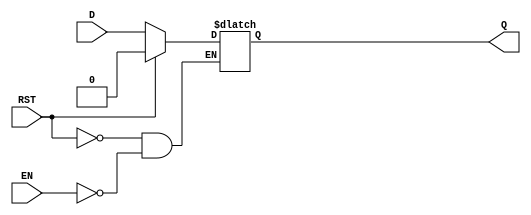
module async_register (
    input wire D,        // Data input
    input wire EN,       // Enable signal
    input wire RST,      // Asynchronous reset signal
    output reg Q         // Data output
);

    // Always block to handle asynchronous reset and data capturing
    always @(*) begin
        if (RST) begin
            Q <= 1'b0;   // Set output to 0 on reset
        end else if (EN) begin
            Q <= D;      // Capture input data when enabled
        end
        // If RST is low and EN is low, Q retains its previous value
    end

endmodule